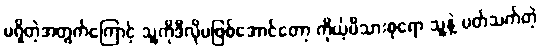
မရှိတဲ့အတွက်ကြောင့် သူ့ကိုဒီလိုမဖြစ်အောင်တော့ ကိုယ့်မိသားစုရော သူ့နဲ့ ပတ်သက်တဲ့